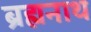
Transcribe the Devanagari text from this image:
ब्रह्मनाथ